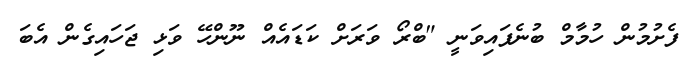
ފެށުމުން ހުމާމް ބުނެފައިވަނީ "ބްރޯ ވަރަށް ކަޑައެއް ނޫންހޭ ވަޅި ޖަހައިގެން އެބަ